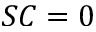
S C = 0